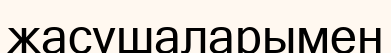
жасушаларымен